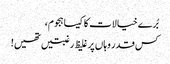
بُرے خیالات کا کیسا ہجوم،
کس قدر وہاں پر غلیظ رغبتیں تھیں!